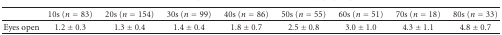
|  | 10s (n = 83) | 20s (n = 154) | 30s (n = 99) | 40s (n = 86) | 50s (n = 55) | 60s (n = 51) | 70s (n = 18) | 80s (n = 33) |
 | --- | --- | --- | --- | --- | --- | --- | --- | --- |
 | Eyes open | 1.2 ± 0.3 | 1.3 ± 0.4 | 1.4 ± 0.4 | 1.8 ± 0.7 | 2.5 ± 0.8 | 3.0 ± 1.0 | 4.3 ± 1.1 | 4.8 ± 0.7 |